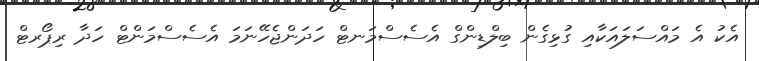
އެކު އެ މައްސަލައަކާއި ގުޅިގެން ބިލްޑިންގް އެސެސްމަނޓް ހަދަންޖެހޭނަމަ އެސެސްމަންޓް ހަދާ ރިޕޯރޓް